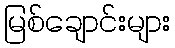
မြစ်ချောင်းများ